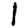
Digit: 1